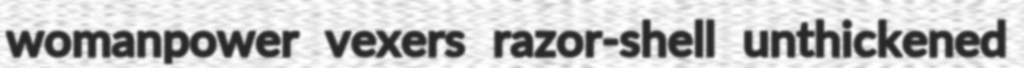
womanpower vexers razor-shell unthickened